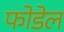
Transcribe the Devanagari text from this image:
फोडेल